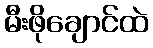
မီးဖိုချောင်ထဲ